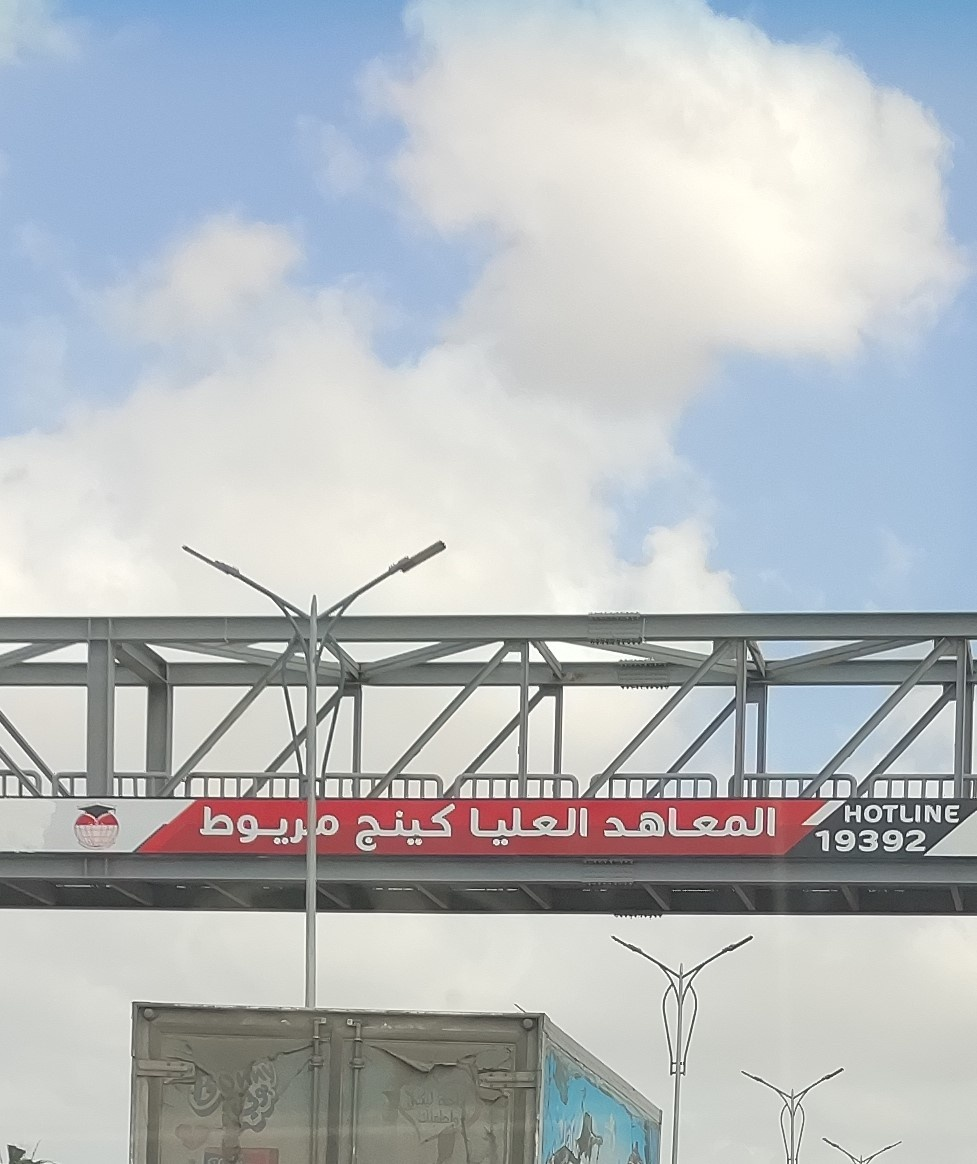
Text in image: المعاهد العليا مريوط كينج HOTLINE 19392